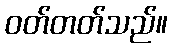
ဝတ်တတ်သည်။